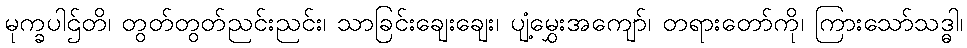
မုက္ခပါဌ်တိ၊ တွတ်တွတ်ညင်းညင်း၊ သာခြင်းချေးချေး၊ ပျံ့မွှေးအကျော်၊ တရားတော်ကို၊ ကြားသော်သဒ္ဓါ၊